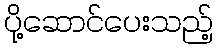
ပို့ဆောင်ပေးသည့်